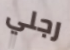
رجلي